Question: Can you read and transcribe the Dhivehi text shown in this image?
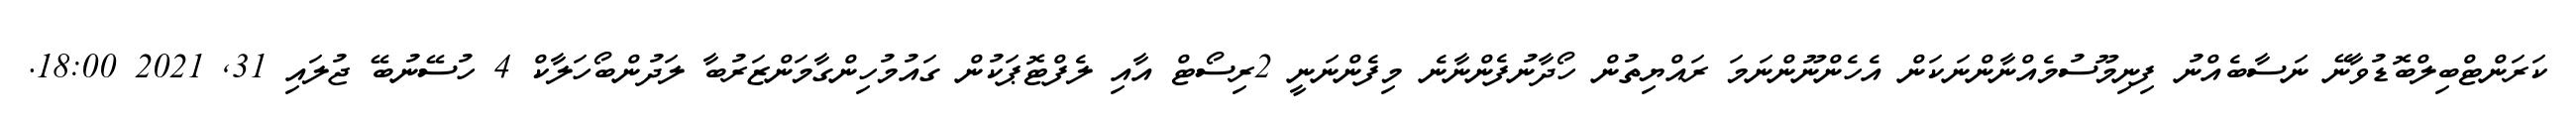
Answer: ކަރަންޓްބިލްބޮޑުވާނޭ ނަސާބެއްނު ފިނިމޫސުމެއްނާންނަކަން އެހެންނޫންނަމަ ރައްޔިތުން ހޯދާނުފެންނާނެ މިފެންނަނީ 2ރިސޯޓް އާއި ލެފްޓޮޕަކުން ގައުމުހިންގާމަންޒަރުބާ ލަދުންބޯހަލާކް 4 ހުސޭނުބޭ ޖުލައި 31, 2021 18:00.